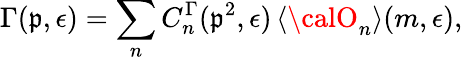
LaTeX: \Gamma(\mathfrak{p},\epsilon)=\sum_{n}C_{n}^{\Gamma}(\mathfrak{p}^{2},\epsilon)\, \langle{\calO}_{n}\rangle(m,\epsilon),